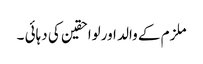
ملزم کے والد اورلواحقین کی دہائی ۔